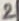
Text: 2